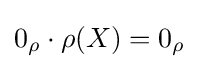
{\textstyle 0_{\rho }\cdot \rho (X)=0_{\rho }}